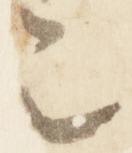
令